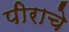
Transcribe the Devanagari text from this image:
पीराचे